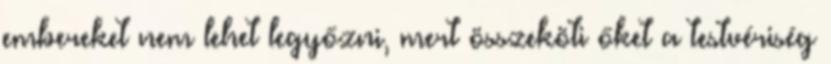
embereket nem lehet legyőzni, mert összeköti őket a testvériség